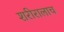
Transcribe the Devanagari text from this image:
शरीरालाच